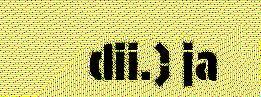
dii.) ja